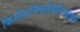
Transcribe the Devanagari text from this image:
किमीशविमुखैर्यज्ञैरवज्ञाद्दतै